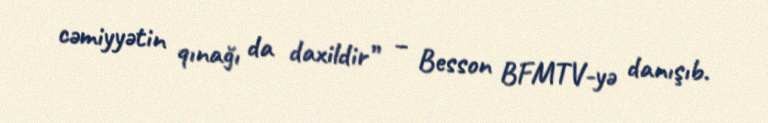
cəmiyyətin qınağı da daxildir” – Besson BFMTV-yə danışıb.